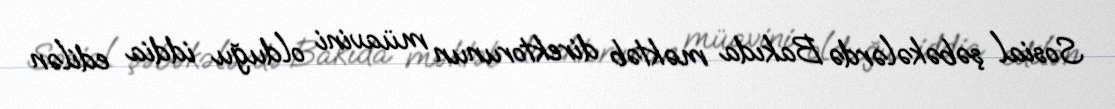
Sosial şəbəkələrdə Bakıda məktəb direktorunun müavini olduğu iddia edilən